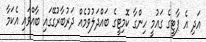
އަދި އެ ޕާޓީގެ ގައުމީ ހިންގާ ކޮމިޓީގެ ބައްދަލުވުމެއް ދަރުބާރުގޭގައި ބާއްވައި އެކަމާ